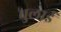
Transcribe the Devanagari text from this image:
चुलाई